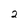
Character: 2